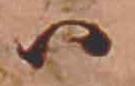
ハ